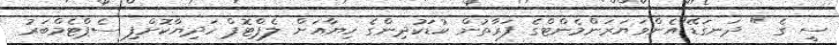
ސީ ގެ " ދަނގަޑޭ"އެންވަޔަރަންމެންޓްގެ ފަރާތުން ކުޑަކުދިންގެ ހިޔާއަށް ލެޕްޓޮޕް ހަދިޔާކޮށްފި ސެޕްޓެމްބަރު